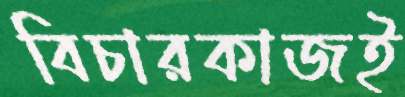
বিচারকাজই